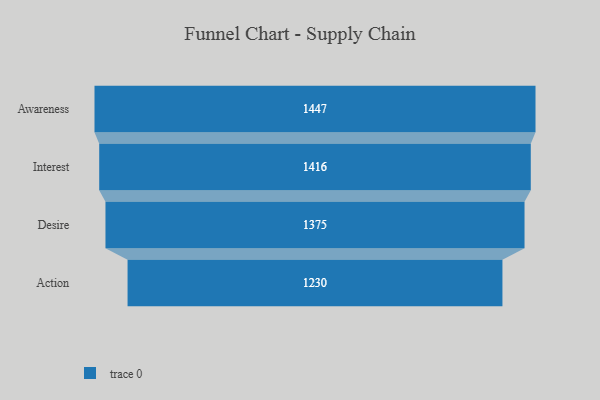
{"axis": {"x": "Stage", "y": "Value"}, "legend": [""], "data": [{"x": "Awareness", "y": 1447.0, "type": ""}, {"x": "Interest", "y": 1416.0, "type": ""}, {"x": "Desire", "y": 1375.0, "type": ""}, {"x": "Action", "y": 1230.0, "type": ""}]}